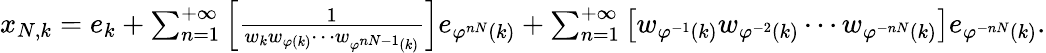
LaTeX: \begin{array}{r}{x_{N,k}=e_{k}+\sum_{n=1}^{+\infty}{\left[\frac{1}{w_{k}w_{\varphi(k)}\cdots w_{\varphi^{nN-1}(k)}}\right]e_{\varphi^{nN}(k)}}+\sum_{n=1}^{+\infty}{\left[w_{\varphi^{-1}(k)}w_{\varphi^{-2}(k)}\cdots w_{\varphi^{-nN}(k)}\right]e_{\varphi^{-nN}(k)}}.}\end{array}